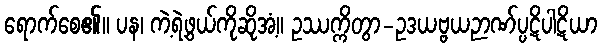
ရောက်စေ၏။ ပန၊ ကဲ့ရဲ့ဖွယ်ကိုဆိုအံ့။ ဥဿက္ကိတွာ-ဥဒယဗ္ဗယဉာဏ်ပ္ပဋိပါဋိယာ